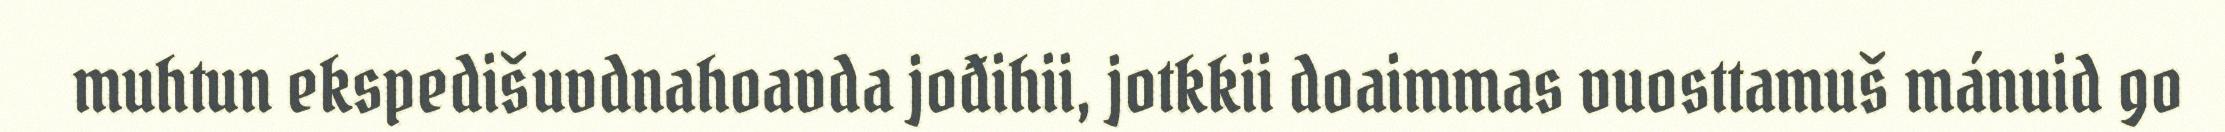
muhtun ekspedišuvdnahoavda jođihii, jotkkii doaimmas vuosttamuš mánuid go